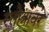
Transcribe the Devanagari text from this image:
स्तोत्रांवर